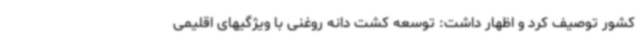
کشور توصیف کرد و اظهار داشت: توسعه کشت دانه روغنی با ویژگیهای اقلیمی